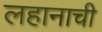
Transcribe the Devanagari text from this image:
लहानाची